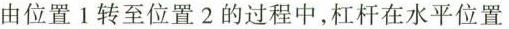
由位置1转至位置2的过程中，杠杆在水平位置